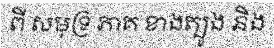
ពី សមុទ្រ ភាគ ខាងត្បូង និង